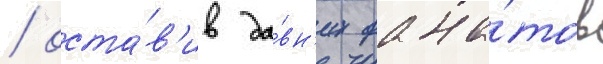
/ оста́в'ив да́вн'их фана́тов